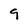
Character: 9